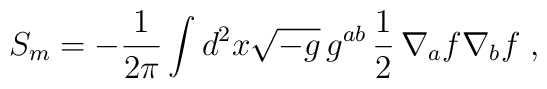
S_m=-{1\over2\pi}\int d^2x\sqrt{-g}\,g^{ab}\,{1\over2}\,\nabla_a f\nabla_b f\;,